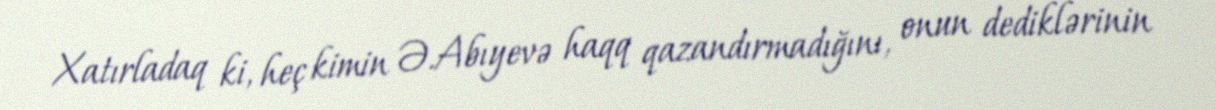
Xatırladaq ki, heç kimin Ə.Abıyevə haqq qazandırmadığını, onun dediklərinin